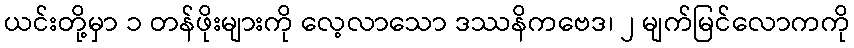
ယင်းတို့မှာ ၁ တန်ဖိုးများကို လေ့လာသော ဒဿနိကဗေဒ၊ ၂ မျက်မြင်လောကကို